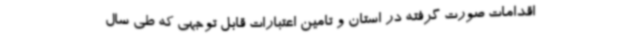
اقدامات صورت گرفته در استان و تامین اعتبارات قابل توجهی که طی سال